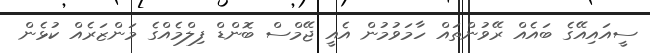
ސީއައިއޭގެ ބައެއް ރޭވުންތައް ހާމަވުމުން އެއީ ޖޭމްސް ބޮންޑް ފިލްމެއްގެ މަންޒަރެއް ކުޅެން